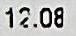
12.08